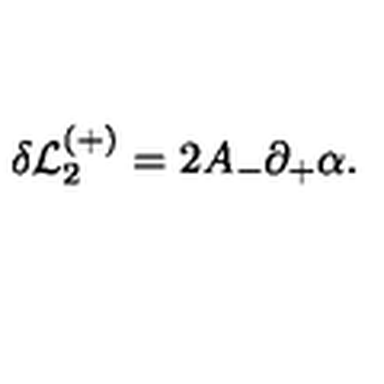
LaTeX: \delta { \cal L } _ { 2 } ^ { ( + ) } = 2 A _ { - } \partial _ { + } \alpha .